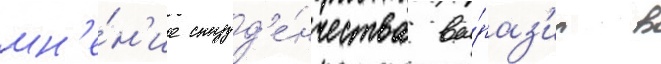
мн'е́н'ие студ'е́нчества вы́раз'ил в